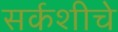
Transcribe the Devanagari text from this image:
सर्कशीचे